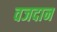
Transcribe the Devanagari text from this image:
वजदान